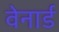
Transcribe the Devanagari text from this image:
वेनार्ड